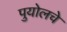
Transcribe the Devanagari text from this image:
पुयोलचे